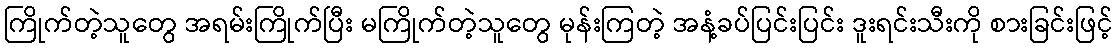
ကြိုက်တဲ့သူတွေ အရမ်းကြိုက်ပြီး မကြိုက်တဲ့သူတွေ မုန်းကြတဲ့ အနံ့ခပ်ပြင်းပြင်း ဒူးရင်းသီးကို စားခြင်းဖြင့်